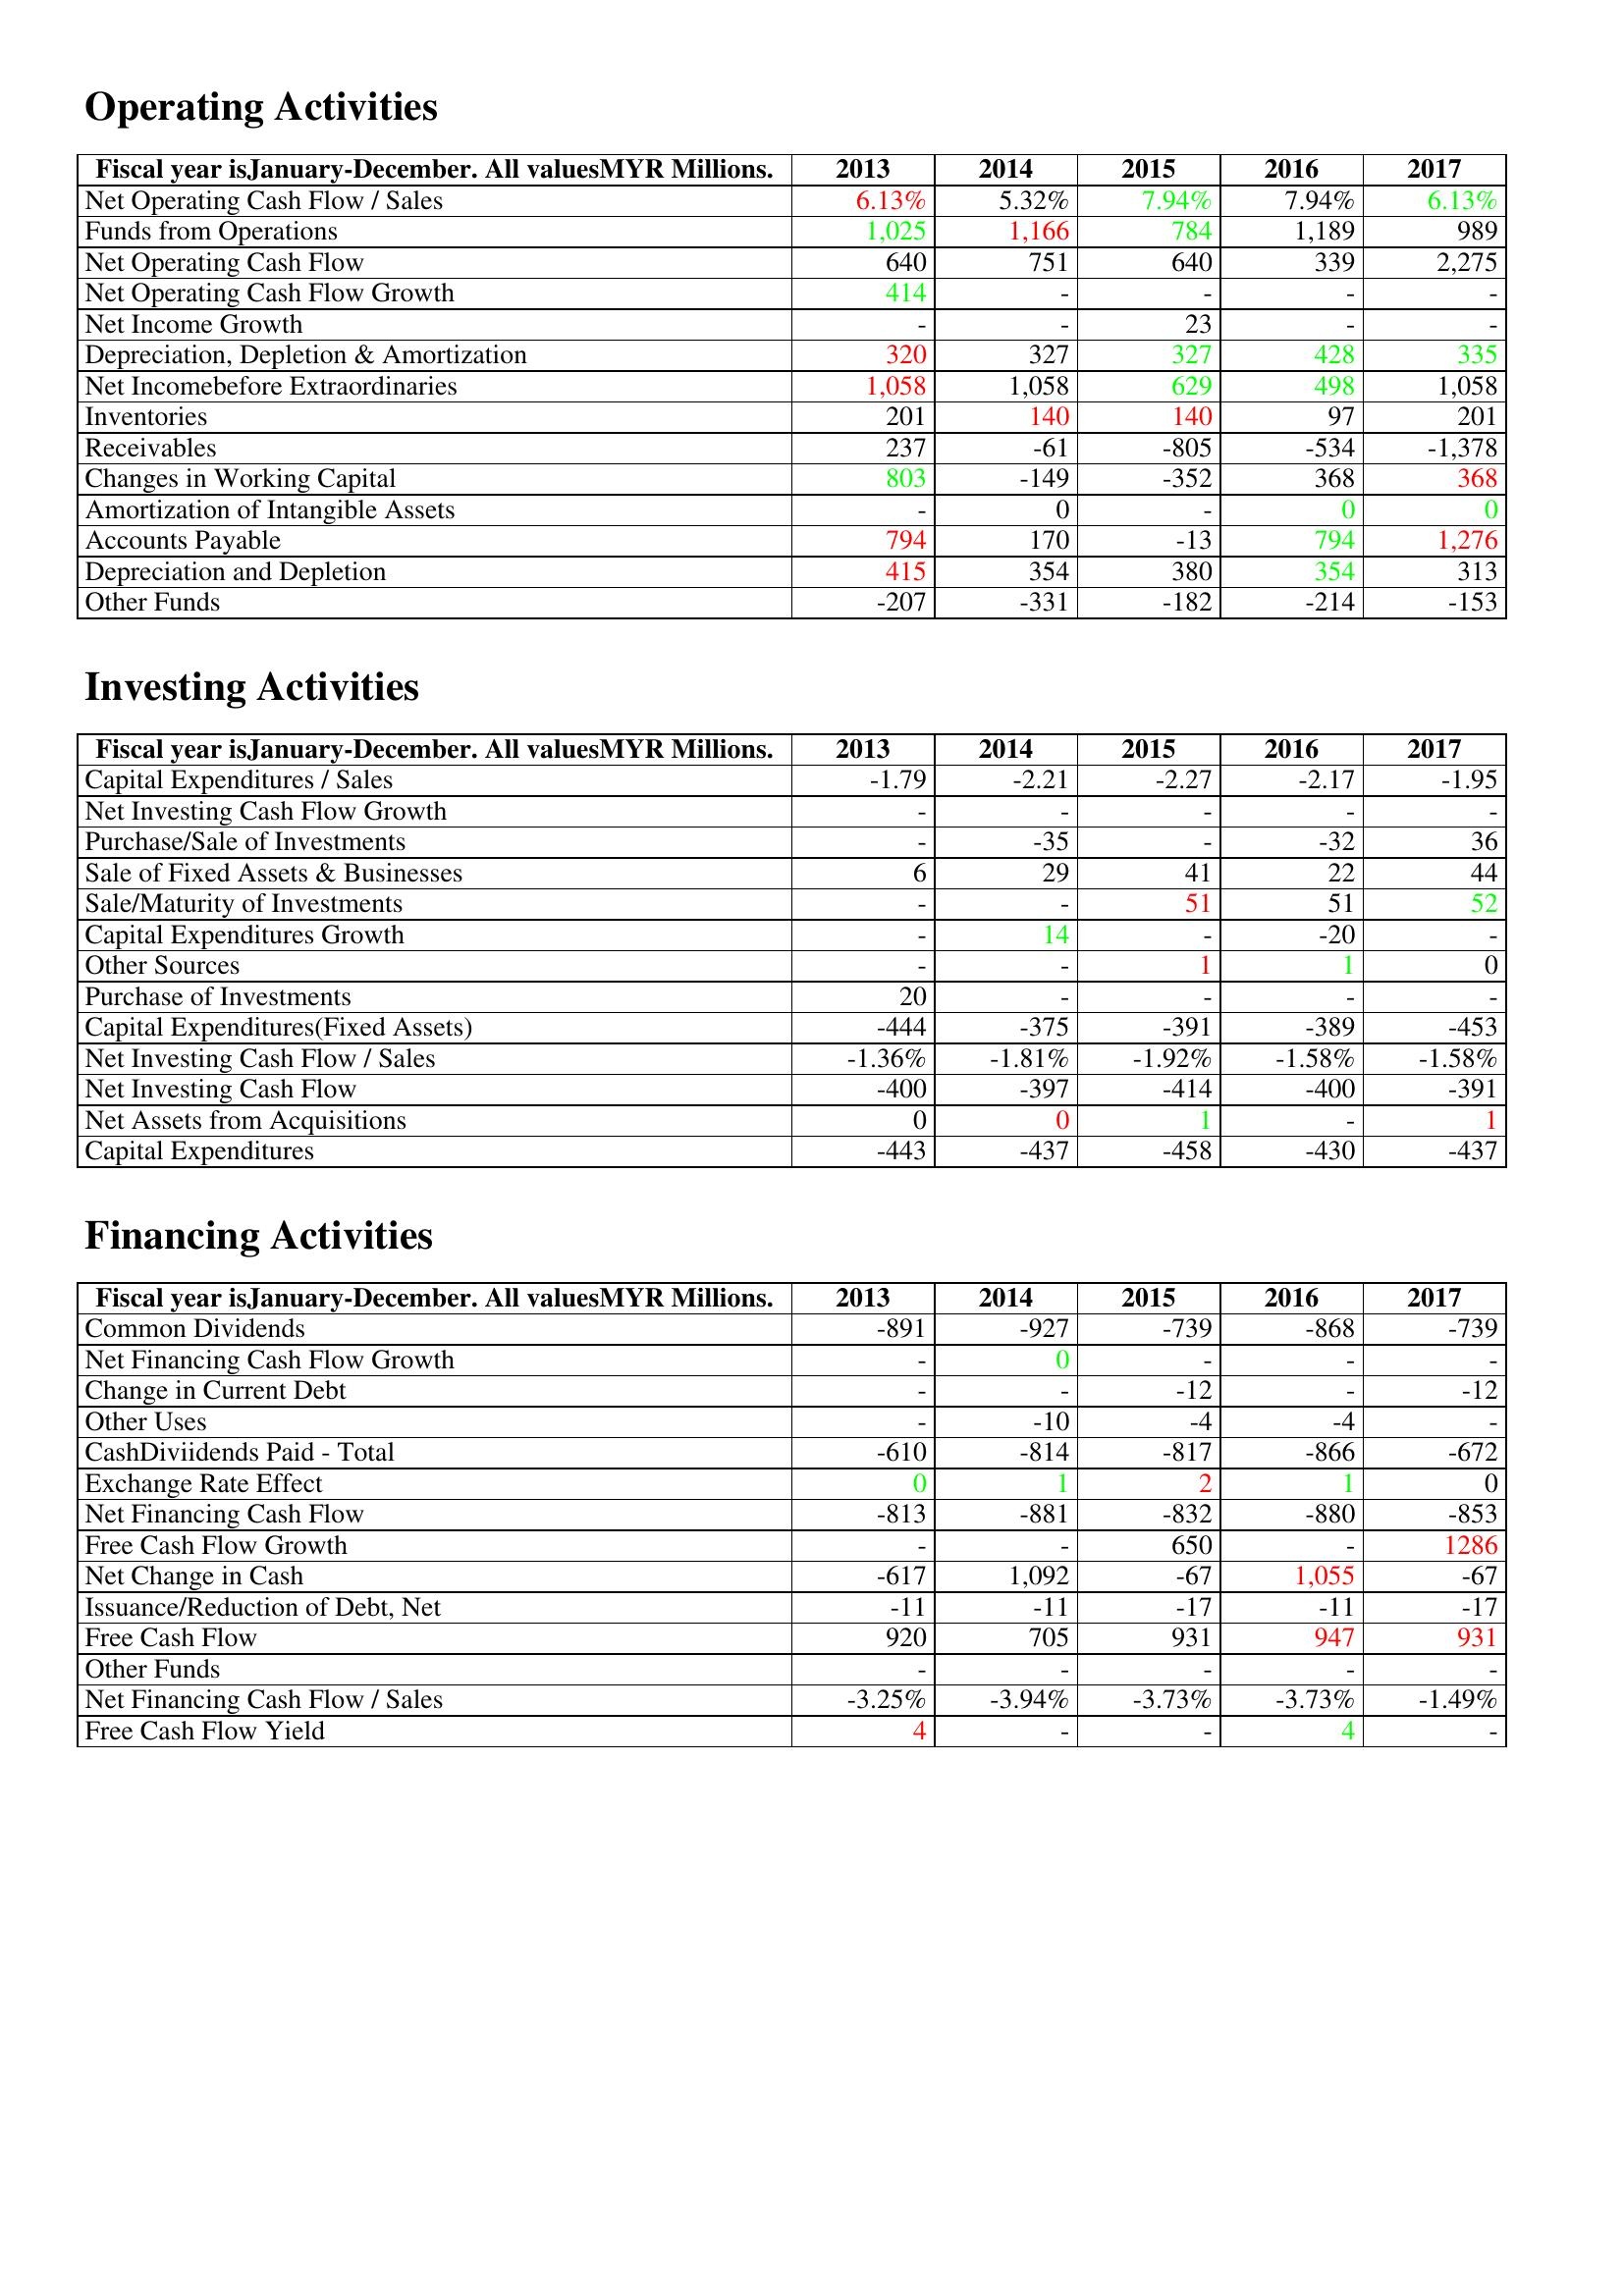
gt_parse: 2013: Operating Activities: Net Operating Cash Flow / Sales: 6.13%
Funds from Operations: 1,025
Net Operating Cash Flow: 640
Net Operating Cash Flow Growth: 414
Net Income Growth: -
Depreciation, Depletion & Amortization: 320
Net Incomebefore Extraordinaries: 1,058
Inventories: 201
Receivables: 237
Changes in Working Capital: 803
Amortization of Intangible Assets: -
Accounts Payable: 794
Depreciation and Depletion: 415
Other Funds: -207
Investing Activities: Capital Expenditures / Sales: -1.79
Net Investing Cash Flow Growth: -
Purchase/Sale of Investments: -
Sale of Fixed Assets & Businesses: 6
Sale/Maturity of Investments: -
Capital Expenditures Growth: -
Other Sources: -
Purchase of Investments: 20
Capital Expenditures(Fixed Assets): -444
Net Investing Cash Flow / Sales: -1.36%
Net Investing Cash Flow: -400
Net Assets from Acquisitions: 0
Capital Expenditures: -443
Financing Activities: Common Dividends: -891
Net Financing Cash Flow Growth: -
Change in Current Debt: -
Other Uses: -
CashDiviidends Paid - Total: -610
Exchange Rate Effect: 0
Net Financing Cash Flow: -813
Free Cash Flow Growth: -
Net Change in Cash: -617
Issuance/Reduction of Debt, Net: -11
Free Cash Flow: 920
Other Funds: -
Net Financing Cash Flow / Sales: -3.25%
Free Cash Flow Yield: 4
2014: Operating Activities: Net Operating Cash Flow / Sales: 5.32%
Funds from Operations: 1,166
Net Operating Cash Flow: 751
Net Operating Cash Flow Growth: -
Net Income Growth: -
Depreciation, Depletion & Amortization: 327
Net Incomebefore Extraordinaries: 1,058
Inventories: 140
Receivables: -61
Changes in Working Capital: -149
Amortization of Intangible Assets: 0
Accounts Payable: 170
Depreciation and Depletion: 354
Other Funds: -331
Investing Activities: Capital Expenditures / Sales: -2.21
Net Investing Cash Flow Growth: -
Purchase/Sale of Investments: -35
Sale of Fixed Assets & Businesses: 29
Sale/Maturity of Investments: -
Capital Expenditures Growth: 14
Other Sources: -
Purchase of Investments: -
Capital Expenditures(Fixed Assets): -375
Net Investing Cash Flow / Sales: -1.81%
Net Investing Cash Flow: -397
Net Assets from Acquisitions: 0
Capital Expenditures: -437
Financing Activities: Common Dividends: -927
Net Financing Cash Flow Growth: 0
Change in Current Debt: -
Other Uses: -10
CashDiviidends Paid - Total: -814
Exchange Rate Effect: 1
Net Financing Cash Flow: -881
Free Cash Flow Growth: -
Net Change in Cash: 1,092
Issuance/Reduction of Debt, Net: -11
Free Cash Flow: 705
Other Funds: -
Net Financing Cash Flow / Sales: -3.94%
Free Cash Flow Yield: -
2015: Operating Activities: Net Operating Cash Flow / Sales: 7.94%
Funds from Operations: 784
Net Operating Cash Flow: 640
Net Operating Cash Flow Growth: -
Net Income Growth: 23
Depreciation, Depletion & Amortization: 327
Net Incomebefore Extraordinaries: 629
Inventories: 140
Receivables: -805
Changes in Working Capital: -352
Amortization of Intangible Assets: -
Accounts Payable: -13
Depreciation and Depletion: 380
Other Funds: -182
Investing Activities: Capital Expenditures / Sales: -2.27
Net Investing Cash Flow Growth: -
Purchase/Sale of Investments: -
Sale of Fixed Assets & Businesses: 41
Sale/Maturity of Investments: 51
Capital Expenditures Growth: -
Other Sources: 1
Purchase of Investments: -
Capital Expenditures(Fixed Assets): -391
Net Investing Cash Flow / Sales: -1.92%
Net Investing Cash Flow: -414
Net Assets from Acquisitions: 1
Capital Expenditures: -458
Financing Activities: Common Dividends: -739
Net Financing Cash Flow Growth: -
Change in Current Debt: -12
Other Uses: -4
CashDiviidends Paid - Total: -817
Exchange Rate Effect: 2
Net Financing Cash Flow: -832
Free Cash Flow Growth: 650
Net Change in Cash: -67
Issuance/Reduction of Debt, Net: -17
Free Cash Flow: 931
Other Funds: -
Net Financing Cash Flow / Sales: -3.73%
Free Cash Flow Yield: -
2016: Operating Activities: Net Operating Cash Flow / Sales: 7.94%
Funds from Operations: 1,189
Net Operating Cash Flow: 339
Net Operating Cash Flow Growth: -
Net Income Growth: -
Depreciation, Depletion & Amortization: 428
Net Incomebefore Extraordinaries: 498
Inventories: 97
Receivables: -534
Changes in Working Capital: 368
Amortization of Intangible Assets: 0
Accounts Payable: 794
Depreciation and Depletion: 354
Other Funds: -214
Investing Activities: Capital Expenditures / Sales: -2.17
Net Investing Cash Flow Growth: -
Purchase/Sale of Investments: -32
Sale of Fixed Assets & Businesses: 22
Sale/Maturity of Investments: 51
Capital Expenditures Growth: -20
Other Sources: 1
Purchase of Investments: -
Capital Expenditures(Fixed Assets): -389
Net Investing Cash Flow / Sales: -1.58%
Net Investing Cash Flow: -400
Net Assets from Acquisitions: -
Capital Expenditures: -430
Financing Activities: Common Dividends: -868
Net Financing Cash Flow Growth: -
Change in Current Debt: -
Other Uses: -4
CashDiviidends Paid - Total: -866
Exchange Rate Effect: 1
Net Financing Cash Flow: -880
Free Cash Flow Growth: -
Net Change in Cash: 1,055
Issuance/Reduction of Debt, Net: -11
Free Cash Flow: 947
Other Funds: -
Net Financing Cash Flow / Sales: -3.73%
Free Cash Flow Yield: 4
2017: Operating Activities: Net Operating Cash Flow / Sales: 6.13%
Funds from Operations: 989
Net Operating Cash Flow: 2,275
Net Operating Cash Flow Growth: -
Net Income Growth: -
Depreciation, Depletion & Amortization: 335
Net Incomebefore Extraordinaries: 1,058
Inventories: 201
Receivables: -1,378
Changes in Working Capital: 368
Amortization of Intangible Assets: 0
Accounts Payable: 1,276
Depreciation and Depletion: 313
Other Funds: -153
Investing Activities: Capital Expenditures / Sales: -1.95
Net Investing Cash Flow Growth: -
Purchase/Sale of Investments: 36
Sale of Fixed Assets & Businesses: 44
Sale/Maturity of Investments: 52
Capital Expenditures Growth: -
Other Sources: 0
Purchase of Investments: -
Capital Expenditures(Fixed Assets): -453
Net Investing Cash Flow / Sales: -1.58%
Net Investing Cash Flow: -391
Net Assets from Acquisitions: 1
Capital Expenditures: -437
Financing Activities: Common Dividends: -739
Net Financing Cash Flow Growth: -
Change in Current Debt: -12
Other Uses: -
CashDiviidends Paid - Total: -672
Exchange Rate Effect: 0
Net Financing Cash Flow: -853
Free Cash Flow Growth: 1286
Net Change in Cash: -67
Issuance/Reduction of Debt, Net: -17
Free Cash Flow: 931
Other Funds: -
Net Financing Cash Flow / Sales: -1.49%
Free Cash Flow Yield: -